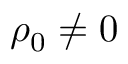
\rho _ { 0 } \neq 0